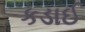
કડાઈ